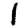
Digit: 1